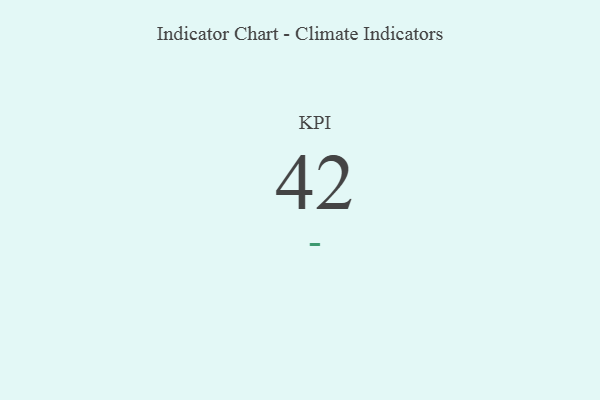
{"axis": {"x": "KPI", "y": "Value"}, "legend": [""], "data": [{"x": "KPI", "y": 42, "type": ""}]}